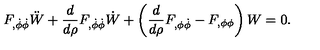
F _ { , \dot { \phi } \dot { \phi } } \ddot { W } + { \frac { d } { d \rho } } F _ { , \dot { \phi } \dot { \phi } } \dot { W } + \left( { \frac { d } { d \rho } } F _ { , \phi \dot { \phi } } - F _ { , \phi \phi } \right) W = 0 .